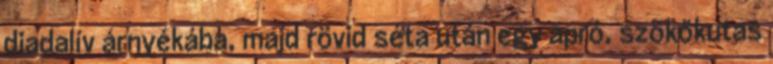
diadalív árnyékába, majd rövid séta után egy apró, szökőkutas